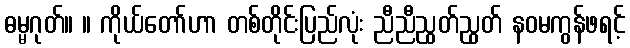
ဓမ္မဂုတ်။ ။ ကိုယ်တော်ဟာ တစ်တိုင်းပြည်လုံး ညီညီညွတ်ညွတ် နဝမကွန်ဖရင့်